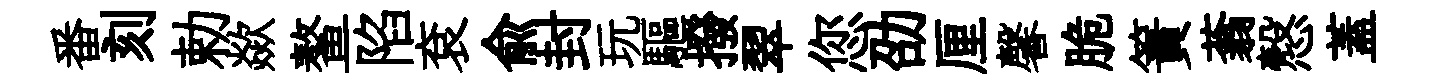
番刻勅歘鳌陷袞兪封玩驅撥翠您劭厘馨脆簀蓊慤蓋